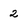
Character: 2